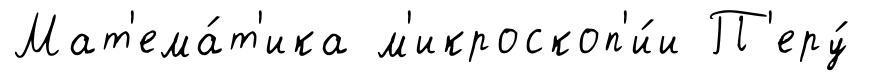
Мат'ема́т'ика м'икроскоп'и́и П'еру́